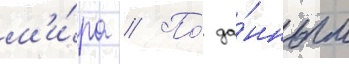
м'и́ра // По́ да́нным